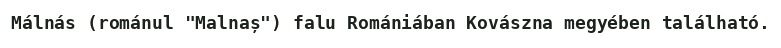
Málnás (románul "Malnaș") falu Romániában Kovászna megyében található.